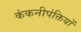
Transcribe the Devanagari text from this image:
कंकनीपंक्तियों